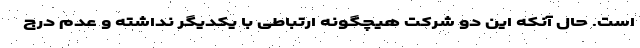
است. حال آنکه این دو شرکت هیچگونه ارتباطی با یکدیگر نداشته و عدم درج